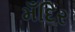
મઁદિર